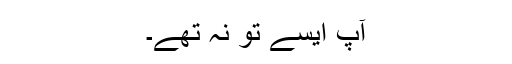
آپ ایسے تو نہ تھے۔